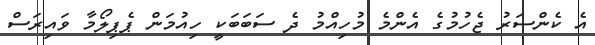
އެ ކެންސަރު ޖެހުމުގެ އެންމެ މުހިއްމު ދެ ސަބަބަކީ ހިއުމަން ޕެޕިލޯމާ ވައިރަސް